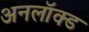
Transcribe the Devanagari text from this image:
अनलॉक्ड